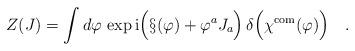
LaTeX: \begin{align*}Z(J)=\int d\varphi\,\exp {\rm i}\Bigl(\S(\varphi)+\varphi^aJ_a\Bigr)\,\delta\Bigl(\chi^{\mbox{\scriptsize com}}(\varphi)\Bigr)\quad .\end{align*}